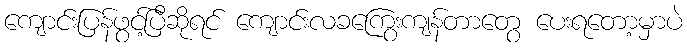
ကျောင်းပြန်ဖွင့်ပြီဆိုရင် ကျောင်းလခကြွေးကျန်တာတွေ ပေးရတော့မှာပဲ